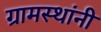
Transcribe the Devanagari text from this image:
ग्रामस्‍थांनी